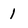
Character: 1